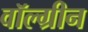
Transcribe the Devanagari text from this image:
वॉल्ग्रीन